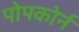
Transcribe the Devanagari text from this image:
पोपकोर्न